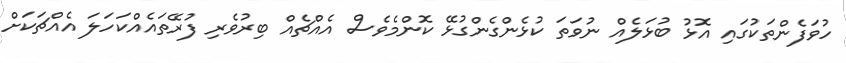
ހުވަފެންތަކުގައި އޮޅު ބުޅަލެއް ނުވަތަ ކުޅެންގެންގުޅޭ ކޮންމެވެސް އެއްޗެއް ބިރުވެރި ފުރޭތައެއްކަހަލަ އެއްޗަކަށް